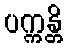
ပက္ကန္တိ